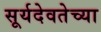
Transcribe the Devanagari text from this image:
सूर्यदेवतेच्या